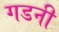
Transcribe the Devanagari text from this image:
गडनी